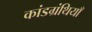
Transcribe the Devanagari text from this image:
कांडग्रंथियाँ